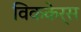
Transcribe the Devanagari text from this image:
विककेर्स